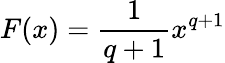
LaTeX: F(x)={\frac{1}{q+1}}x^{q+1}